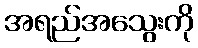
အရည်အသွေးကို